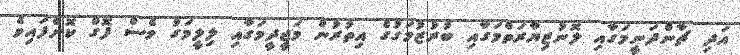
އަދި ޗާންދަނީމަގާއި ލޮނުޒިޔާރަތްމަގާއި ބުރުޒުމަގުގެ އިތުރުން މަޖީދީމަގާއި ލިލީމަގު ވެސް ފޮގް ކޮށްފައިވެ